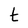
Character: t